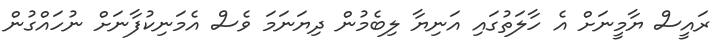
ރައީސް ޔާމީނަށް އެ ހާލަތުގައި އަނިޔާ ލިބެމުން ދިޔަނަމަ ވެސް އެމަނިކުފާނަށް ނުހައްގުން